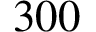
3 0 0